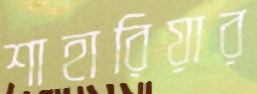
শাহারিয়ার